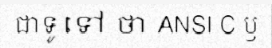
ជាទូទៅ ថា ANSI C ឫ